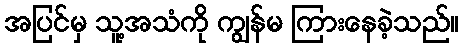
အပြင်မှ သူ့အသံကို ကျွန်မ ကြားနေခဲ့သည်။